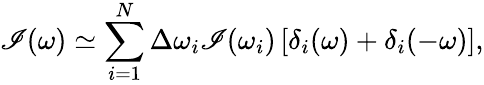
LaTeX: \mathscr{I}(\omega)\simeq\sum_{i=1}^{N}\Delta\omega_{i}\mathscr{I}(\omega_{i})\left[\delta_{i}(\omega)+\delta_{i}(-\omega)\right],